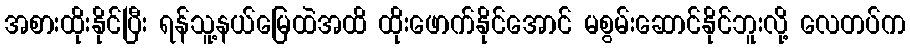
အစားထိုးနိုင်ပြီး ရန်သူ့နယ်မြေထဲအထိ ထိုးဖောက်နိုင်အောင် မစွမ်းဆောင်နိုင်ဘူးလို့ လေတပ်က